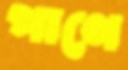
পাণে